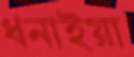
ধনাইয়া